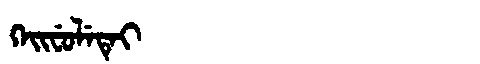
Manchu: ᡴᡝᡳᠸᡠᠯᡝᡨᡝᡳ
Romanization: KEIFULETEI